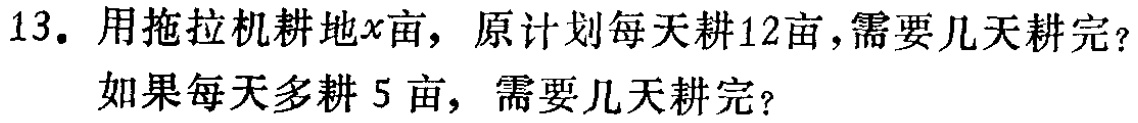
13. 用拖拉机耕地\(x\)亩，原计划每天耕12亩，需要几天耕完？

如果每天多耕5亩，需要几天耕完？